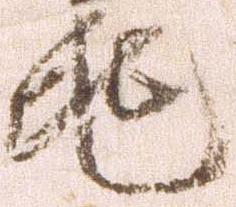
兆